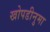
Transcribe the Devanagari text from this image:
खोपडीनुमा